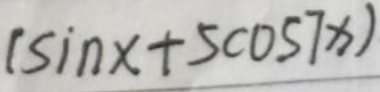
$(\sin x + 5\cos7x)$